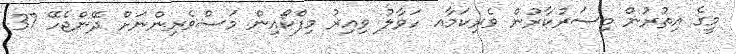
މީގެ އިތުރުން މިސަރުކާރުން ވެރިކަމާއ ހަވާލު ވިއިރު މިފްކޯއިން މަސްވެރިންނަށް ދޭންޖެހޭ 37